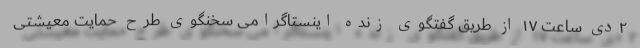
۲دی ساعت ١٧ از طریق گفتگوی زنده اینستاگرامی سخنگوی طرح حمایت معیشتی